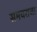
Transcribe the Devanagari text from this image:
समयराजा